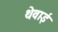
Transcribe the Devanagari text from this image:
थेवाई